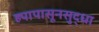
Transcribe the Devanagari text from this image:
ह्यापासूनसुद्धा